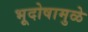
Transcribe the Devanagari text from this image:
भूदोषामुळे